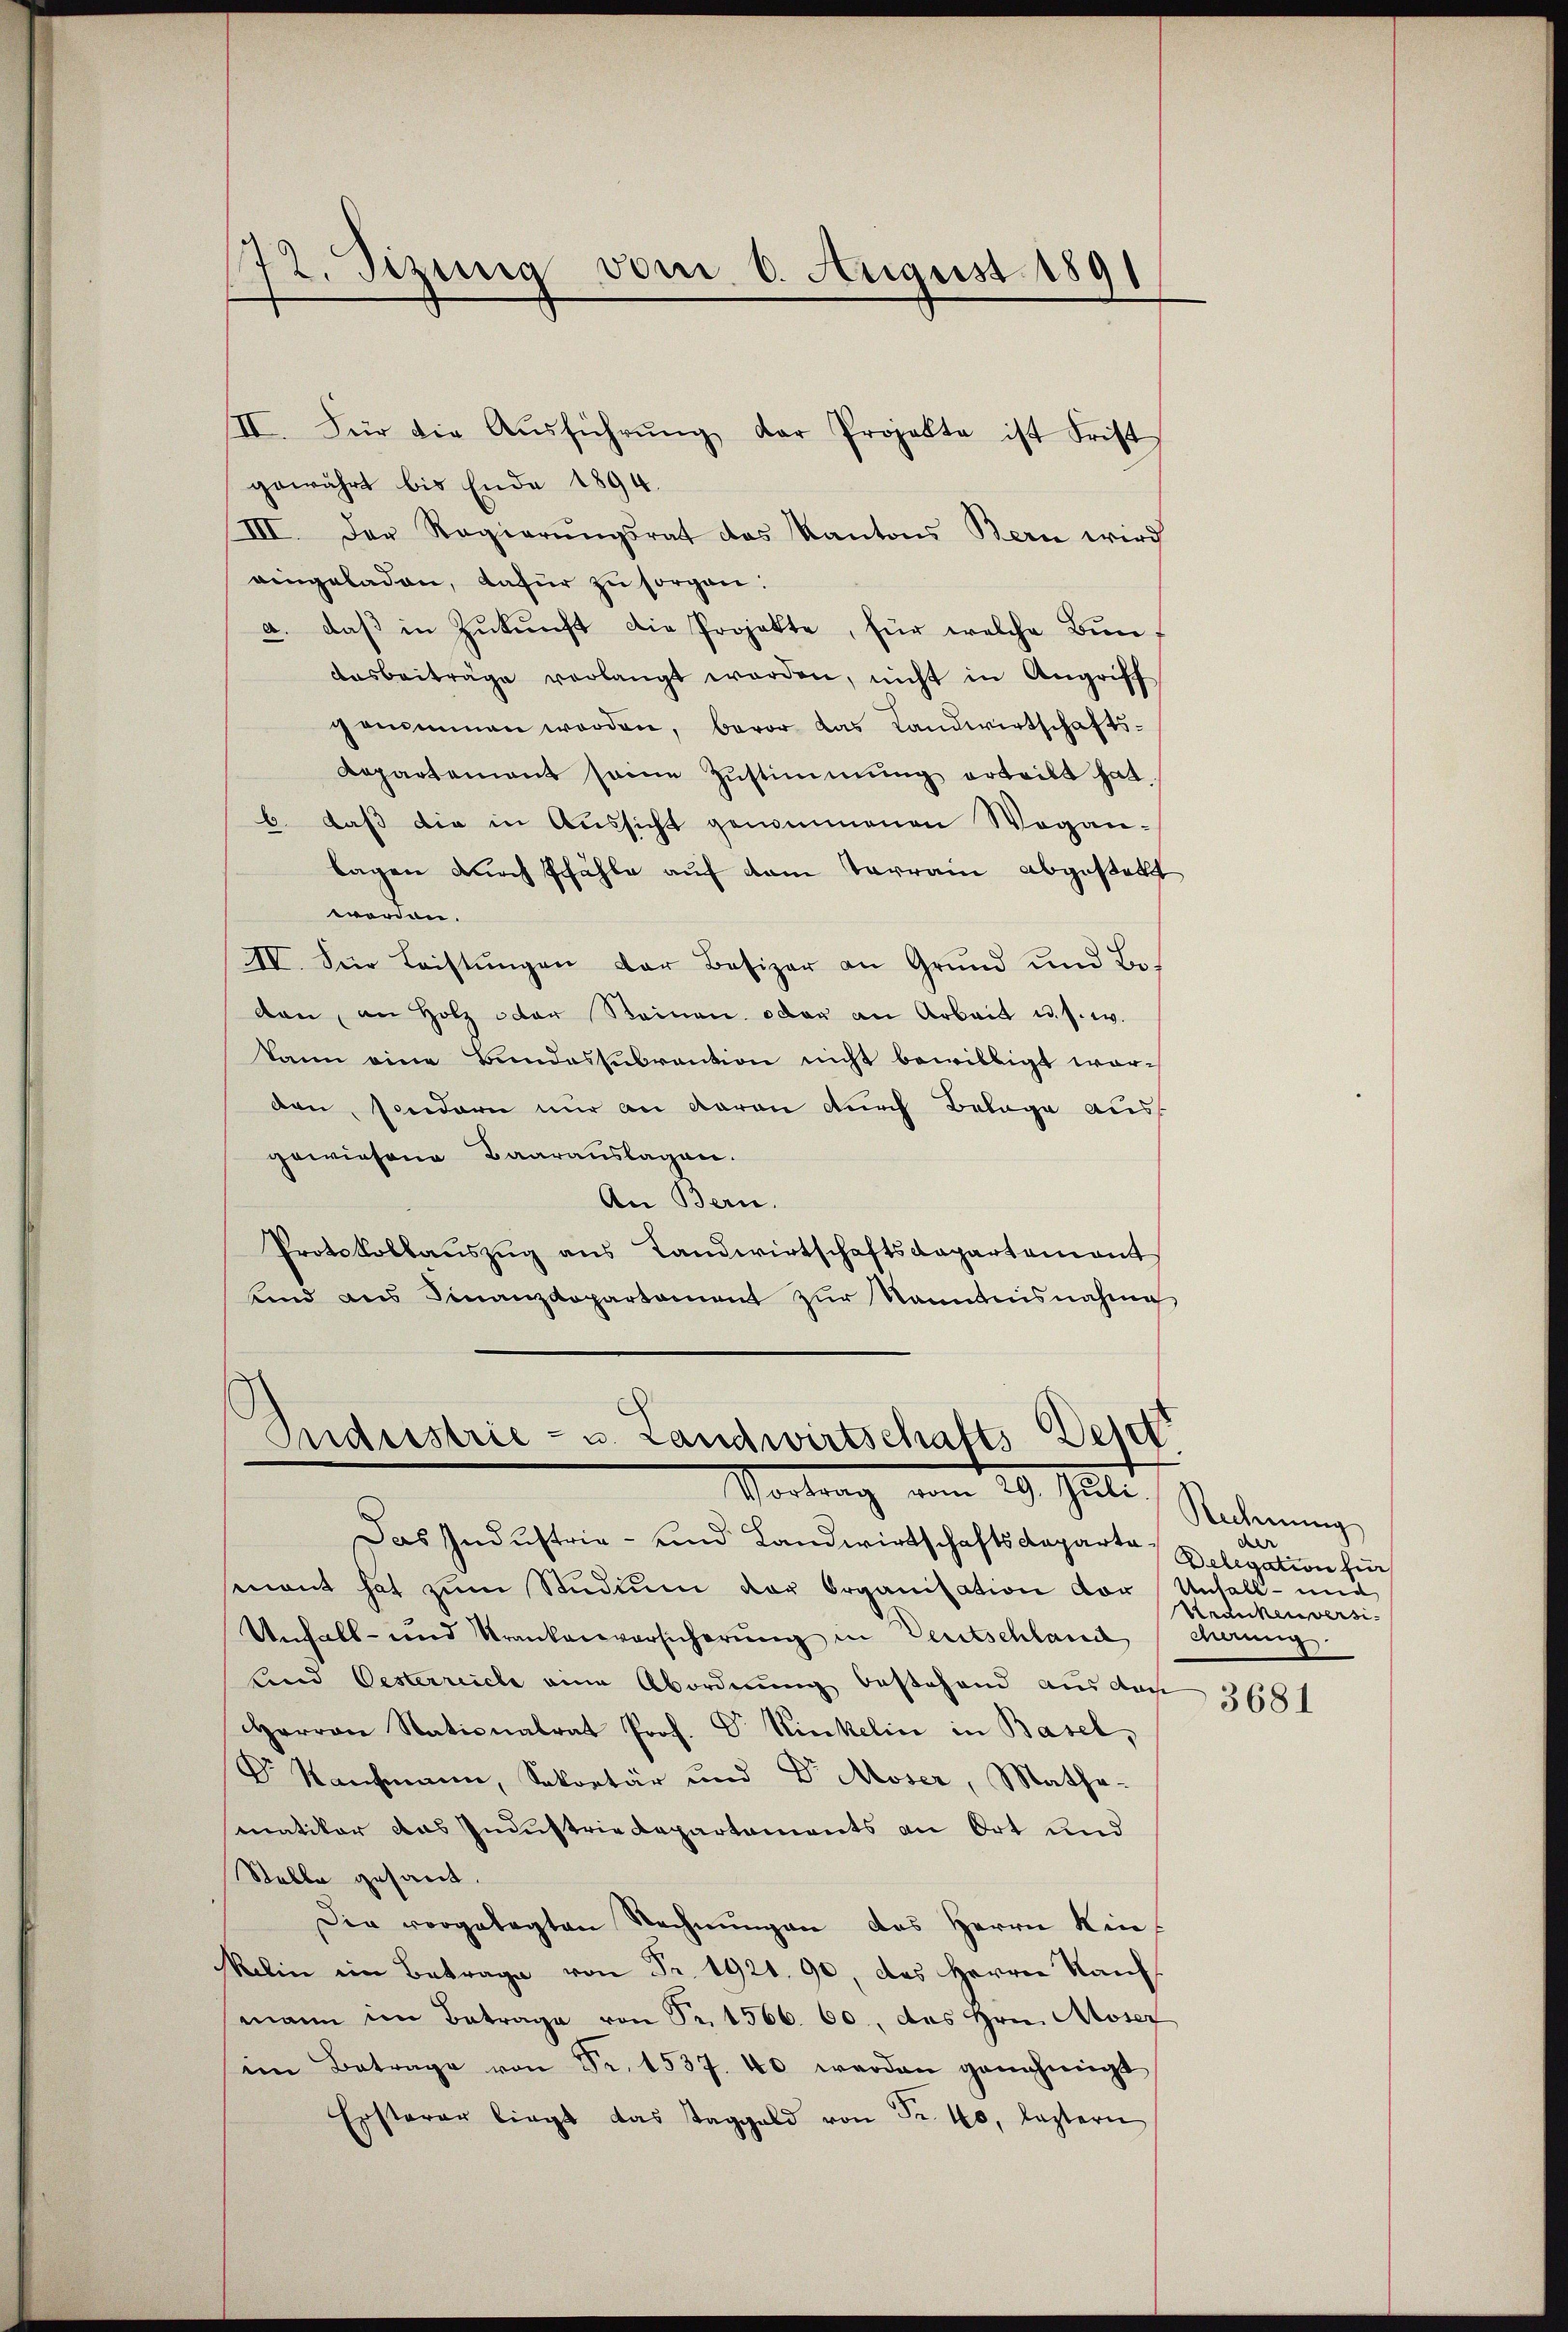
72. Sizung vom 6. August 1891

II. Für die Aŭsführŭng der Projekte ist Frist
gewährt bis Ende 1894.
III. Der Regierŭngsrat das Kantons Bern wird
eingeladen, dafür zu sorgen.
a. daß in Zukunft die Projekte, für welche Bunaasbeiträge verlangt werden, nicht in Angriff
genommen werden, bevor das Landwirtschafts-
Repartement seine Zŭstimmung erteilt hat.
b. daß die in Aussicht genommenen Wegan-
lagen durch schähle auf vom Tarrain abgestellt
worden.
IV. Für Leistŭngen der Besizer an Grund und Bo-
den, an Holz oder Reinen oder an Arbeit u. s. w.
kann eine Bundessubrantion nicht bewilligt worden, sondern nur an davon durch Belage aus
gewiesene Baarauslagen.
An Bern.
Protokollauszug aus Landwirtschaftsdepartamant
unnd aus Finanzdepartament zŭr Nanntnisnahme

Das Industria- und Landwirtschaftsdepartasnant hat zŭm Studium der Organisation vor Unfall- und
Unfall- und Krankenversicherung in Deutschland darung.
und Oesterreiche eine Abordnung bestehend aus doch
Herren Stationalrat Prof. Dr Rickelin in Basel,
Dr Kaufmann, Sekretär und Dr Moser, Mathe-
matiker das Industrie Departements an Ort und
Stelle gesant.
Die vorgelegten Rechnŭngen des Herrn Kin-
kelin im Betrage von Fr. 1921. 90, das Herrn Kauf
mann im Betrage von Sr. 1566. 60, das Hrn. Moser
im Betrage von Sr. 1537. 40 werden genehmigt
Ersterer liegt das Taggeld von Fr. 40, leztern

Sndristrie- u. Landwirtschafts Deser
Vortrag vom 29. Juli.

Rechnung
del
Delegation für
Krdickenversi-

3681